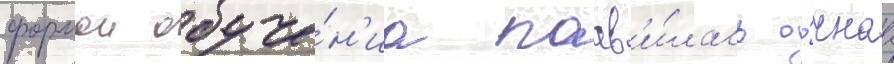
формои обуче́н'иа поав'и́лась о́чнаа